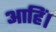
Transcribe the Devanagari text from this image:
आहिं।